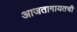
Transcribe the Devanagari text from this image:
आजतागायतची